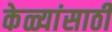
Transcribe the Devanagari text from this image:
केळ्यांसाठी